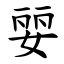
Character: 婯